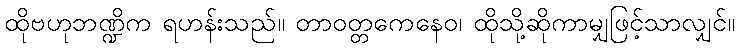
ထိုဗဟုဘဏ္ဍိက ရဟန်းသည်။ တာဝတ္တကေနေဝ၊ ထိုသို့ဆိုကာမျှဖြင့်သာလျှင်။